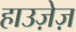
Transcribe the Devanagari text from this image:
हाउज़ेज़